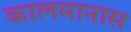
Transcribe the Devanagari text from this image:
कालमानास